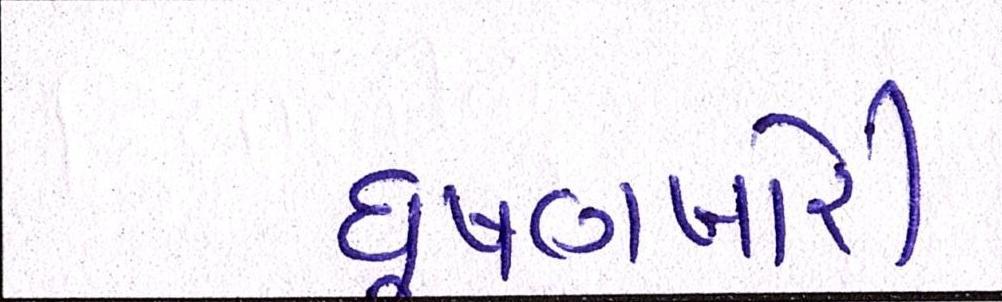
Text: ઘૂષણખોરી